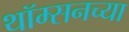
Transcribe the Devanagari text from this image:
थॉम्सनच्या